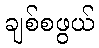
ချစ်စဖွယ်